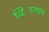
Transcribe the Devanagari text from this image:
व्हिटिंगटन